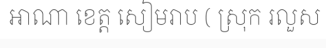
អាណា ខេត្ត សៀមរាប ( ស្រុក រលួស